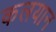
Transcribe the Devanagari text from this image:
कलयान